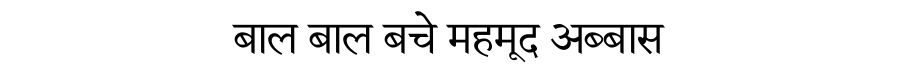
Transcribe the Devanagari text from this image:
बाल बाल बचे महमूद अब्बास